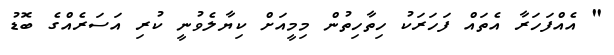
" އެއްފަހަރާ އެތައް ފަހަރަކު ހިތާހިތުން މިމީއަށް ކިޔާލެވުނީ ކުރި އަސަރެއްގެ ބޮޑު